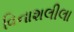
વિનાશલીલા